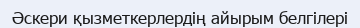
Әскери қызметкерлердің айырым белгілері